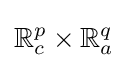
\mathbb {R} _{c}^{p}\times \mathbb {R} _{a}^{q}